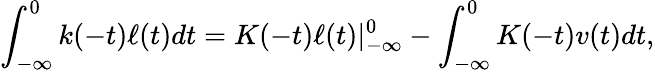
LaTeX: \int_{-\infty}^{0}k(-t)\ell(t)dt=K(-t)\ell(t)|_{-\infty}^{0}-\int_{-\infty}^{0}K(-t)v(t)dt,